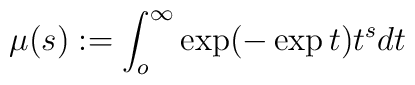
\mu (s) := \int _o^\infty \exp (-\exp t)t^s dt